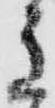
主